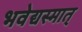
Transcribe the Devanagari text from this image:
भवेद्यस्मात्